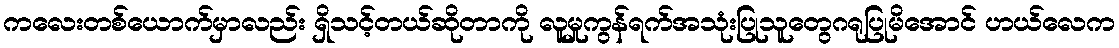
ကလေးတစ်ယောက်မှာလည်း ရှိသင့်တယ်ဆိုတာကို လူမှုကွန်ရက်အသုံးပြုသူတွေဂရုပြုမိအောင် ဟယ်လေက